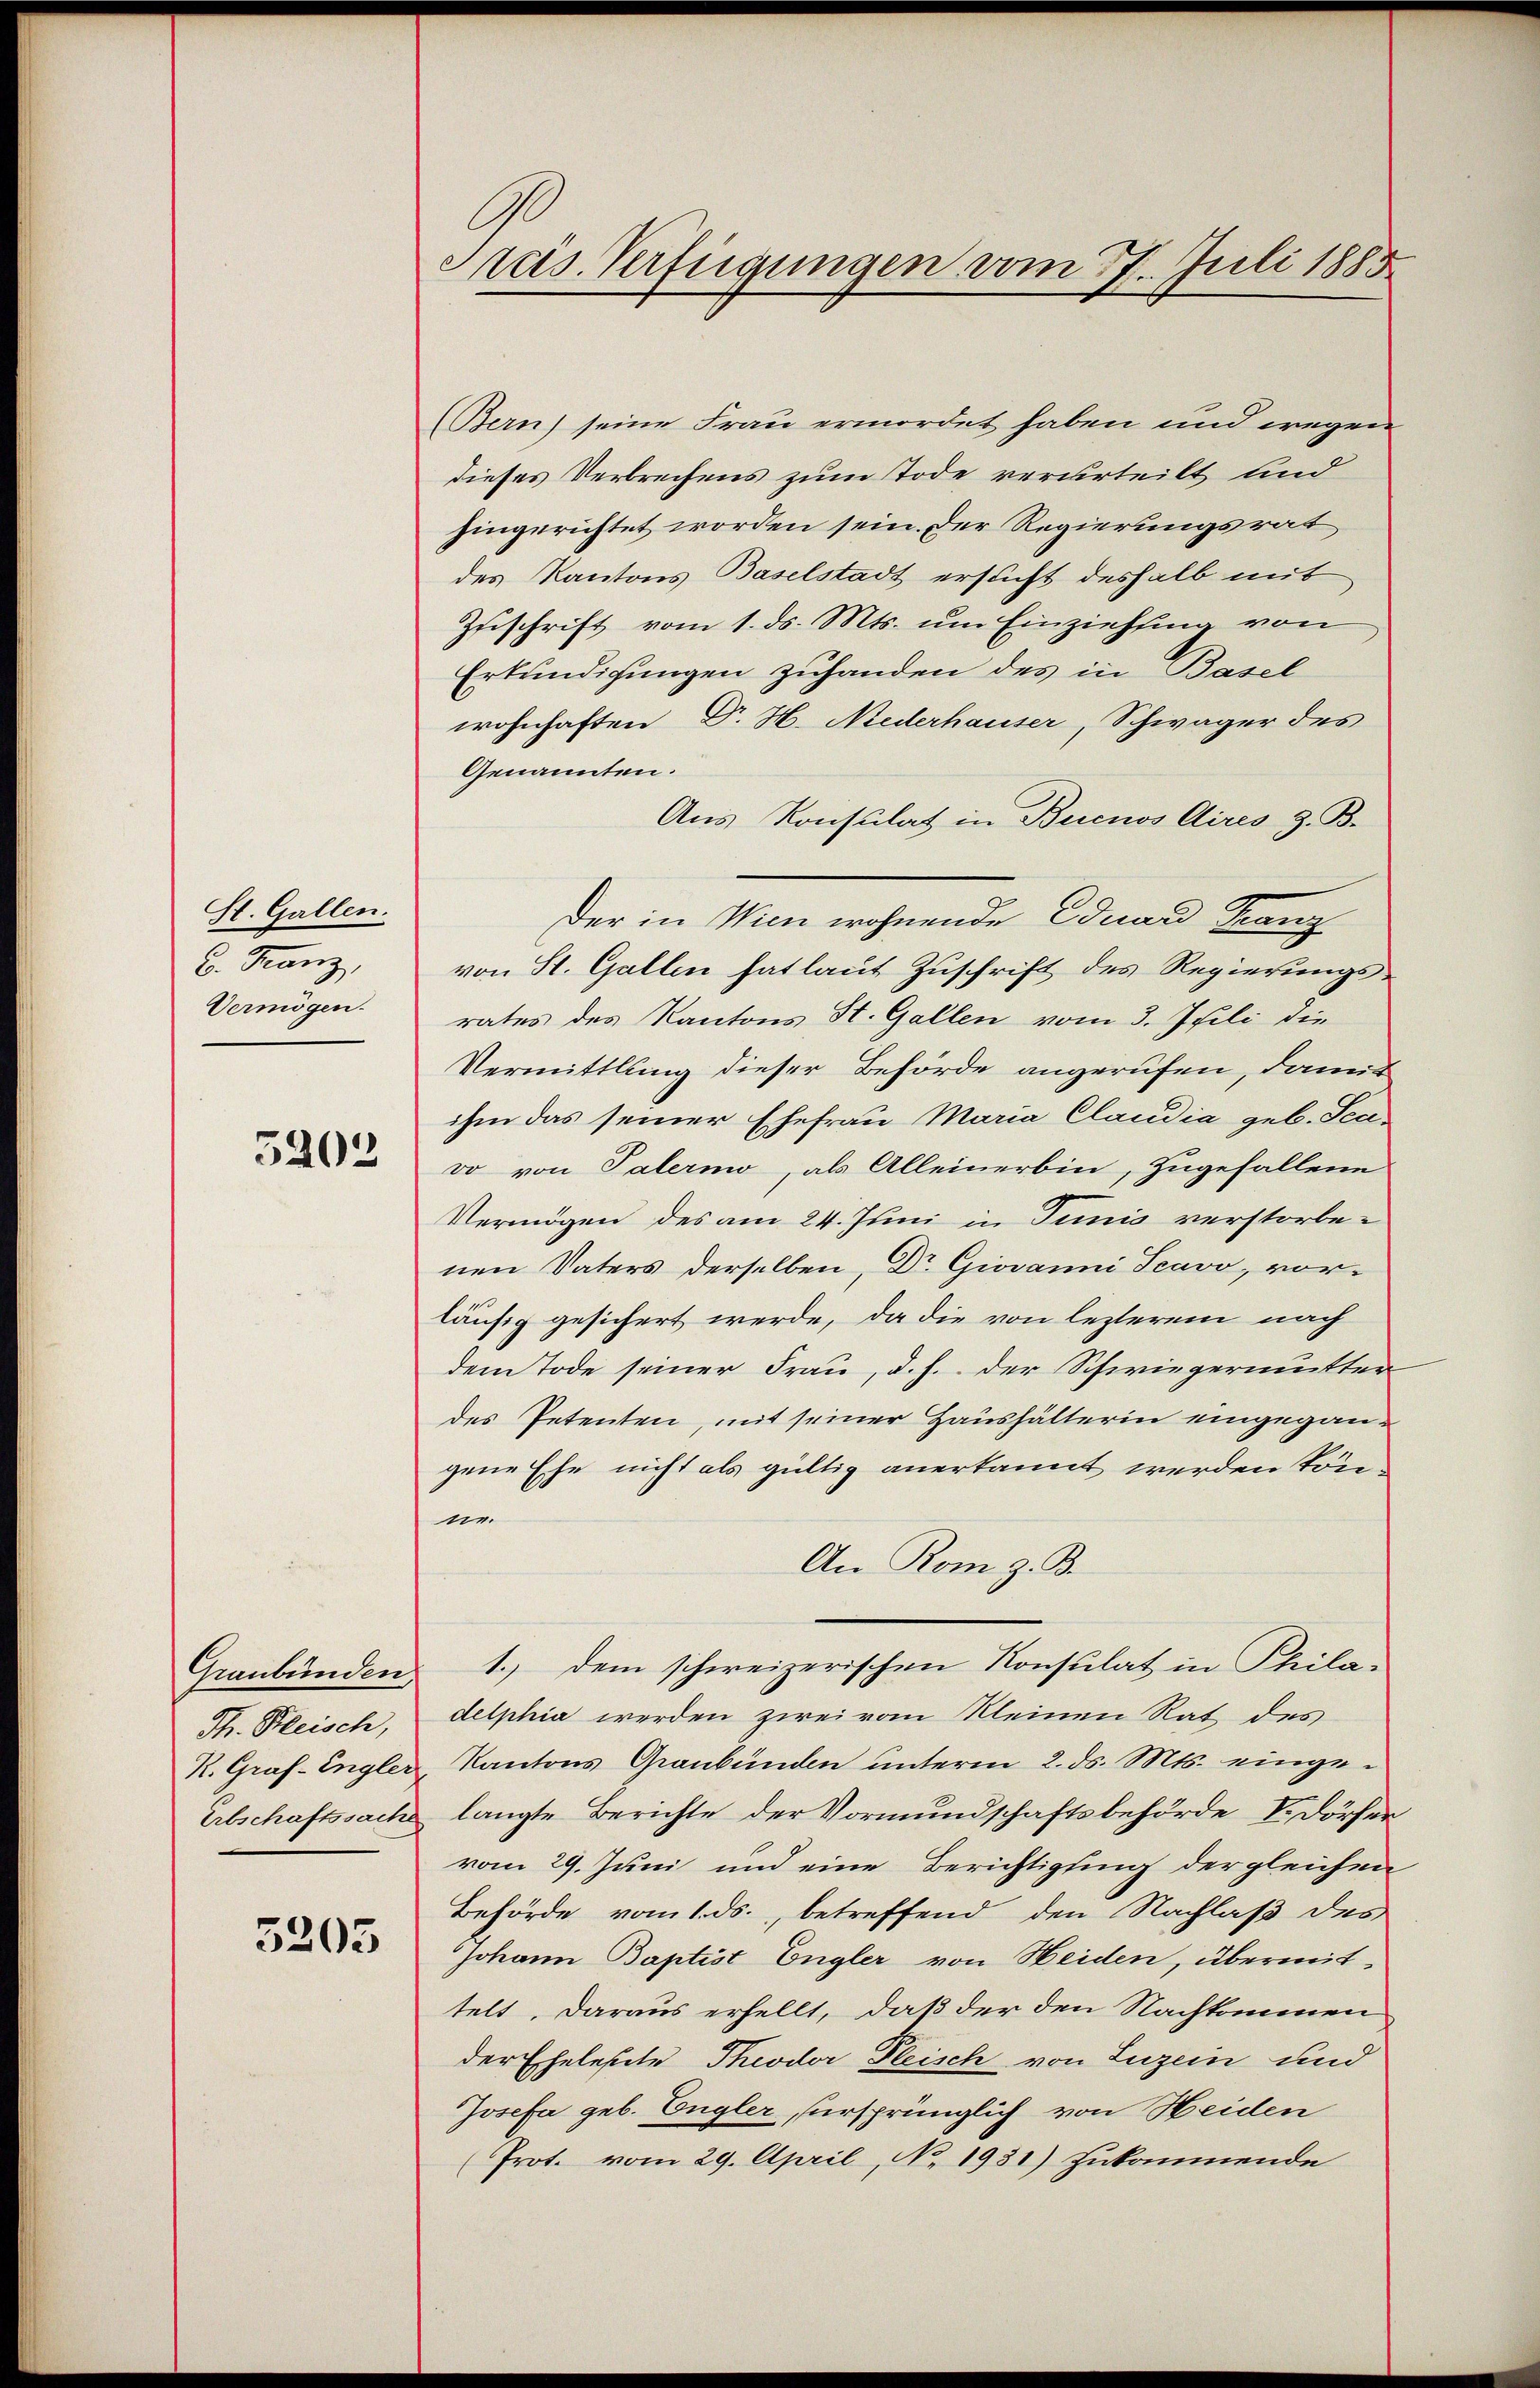
St. Gallen.
6. Franz,
Vermögen.
5203

Th. Bleisch,

3205

Preis. Verfügungen vom 27. Juli 1885

Bern) seine Frau ermordet haben und wegen
dieses Verbrechens zum Tode verurteilt und
hingerichtet worden sein. Der Regierungsrat
des Kantons Baselstadt ersucht deshalb mit
Zuschrift vom 1. ds. Mts. um Einziehung von
Erkundigungen zuhanden des in Basel
wohnhaften Dr. H. Niederhauser, Schwäger des
Genannten.
Aus Konsulat in Buenos Aires z. B.
Der in Man wohnende Eduard Franz
von St. Gallen hat laut Zuschrift des Regierungsrates des Kantons St. Gallen vom 3. Juli die
Vermittlung dieser Behörde angerufen, damit
ihm das seiner Ehefrau Maria Claudia geb. Scavo von Palermo, als Alleinerbin, zugefallene
Vermögen des am 24. Juni in Junis verstorbenen Vaters derselben, Dr. Giovanni Scavo, vorläufig gesichert werde, da die von lezterem nach
dem Tode seiner Frau, d. h. der Schwiegermutter
des Petenten, mit seiner Haushälterin eingegangene Ehe nicht als gültig anerkannt werden könne
An Rom z. B.
Graubünden 1.) dem schweizerischen Konsulat in Phila-
delphia werden zwei vom Kleinen Rat des
K. Graf. Engler, Kantons Graubünden unterm 2. ds. Mts. einge¬
Erbschaftssache langte Berichte der Vormundschaftsbehörde V. Dörfer
vom 29. Juni und eine Berichtigung der gleichen
Behörde vom 1. ds., betreffend den Nachlaß des
Johann Baptist Engler von Heiden, übermittelt, daraus erhellt, daß der den Nachkommen
der Eheleste Theodor Fleisch von Luzern und
Josefa geb. Engler, ursprünglich von Heiden
Prot. vom 29. April, No. 1931) zukommende